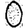
Digit: 0